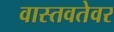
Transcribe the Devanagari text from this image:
वास्तवतेवर